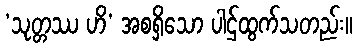
‘သုတ္တဿ ဟိ’ အစရှိသော ပါဌ်ထွက်သတည်း။